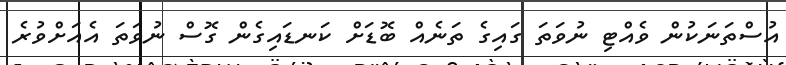
އުސްތަނަކުން ވެއްޓި ނުވަތަ ގައިގެ ތަނެއް ބޮޑަށް ކަނޑައިގެން ގޮސް ނުވަތަ އެއަށްވުރެ